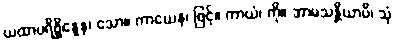
ယထာပရိစ္ဆိန္နေန၊ သော။ ကာယေန၊ ဖြင့်။ ကာယံ၊ ကို။ အာမသန္တိယာပိ၊ သုံ